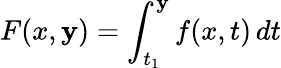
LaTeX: F(x,\mathbf{y})=\int_{t_{1}}^{\mathbf{y}}f(x,t)\, dt